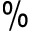
\%